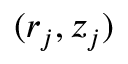
( r _ { j } , z _ { j } )